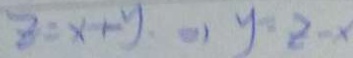
z = x + y \Rightarrow y = z - x